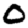
Digit: 0